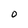
Character: 0